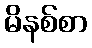
မိနစ်စာ